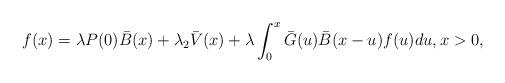
LaTeX: \begin{align*}f(x) = \lambda P(0) \bar{B}(x) + \lambda_{2} \bar{V}(x) + \lambda \int_{0}^{x} \bar{G}(u) \bar{B}(x-u) f(u) du,x > 0,\end{align*}